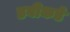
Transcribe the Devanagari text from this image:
डवीकडे